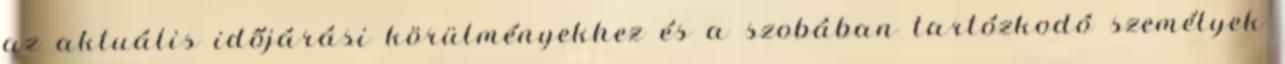
az aktuális időjárási körülményekhez és a szobában tartózkodó személyek